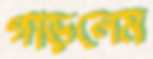
গাড়লেম